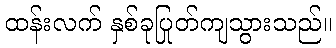
ထန်းလက် နှစ်ခုပြုတ်ကျသွားသည်။